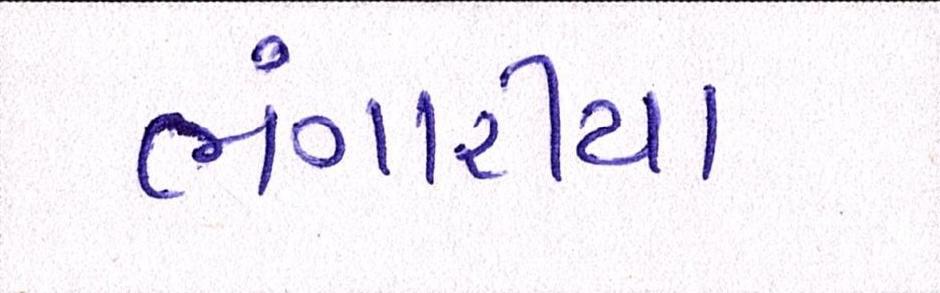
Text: ભંગારીયા